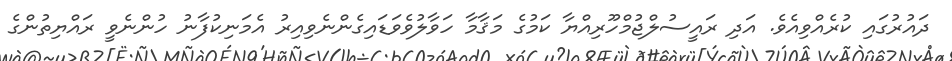
ދައުރުގައި ކުރެއްވިއެވެ. އަދި ރައީސުލްޖުމްހޫރިއްޔާ ކަމުގެ މަޤާމާ ހަވާލުވެވަޑައިގެންނެވިއިރު އެމަނިކުފާނު ހުންނެވީ ރައްޔިތުންގެ